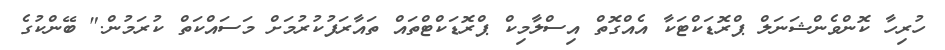
ހުރިހާ ކޮންވެންޝަނަލް ޕްރޮޑަކްޓަކާ އެއްގޮތް އިސްލާމިކް ޕްރޮޑަކްޓްތައް ތައާރަފުކުރުމަށް މަސައްކަތް ކުރަމުން." ބޭންކުގެ